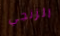
الزنجي